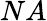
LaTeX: NA